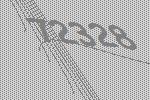
72328